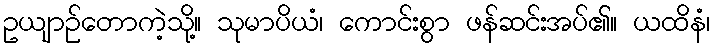
ဥယျာဉ်တောကဲ့သို့။ သုမာပိယံ၊ ကောင်းစွာ ဖန်ဆင်းအပ်၏။ ယထိနံ၊